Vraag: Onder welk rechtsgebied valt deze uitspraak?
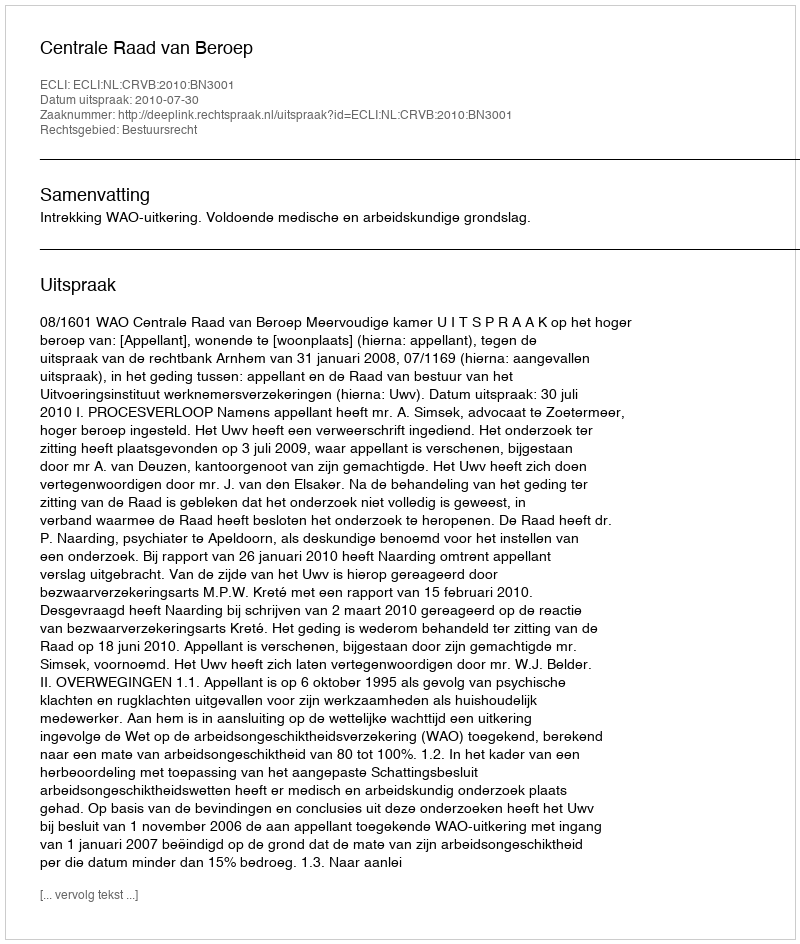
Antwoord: Bestuursrecht